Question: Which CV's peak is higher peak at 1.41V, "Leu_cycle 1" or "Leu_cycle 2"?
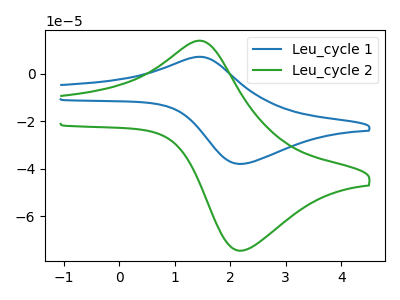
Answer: <think>The blue curve "Leu_cycle 1" has an anodic peak at (1.40V, 7.05uA) and a cathodic peak at (2.20V, -38.00uA). The green curve "Leu_cycle 2" has an anodic peak at (1.40V, 13.80uA) and a cathodic peak at (2.20V, -74.45uA).</think>
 <answer>The peak at 1.41V is lower in "Leu_cycle 1" than in "Leu_cycle 2".</answer>
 <eval>lower</eval>